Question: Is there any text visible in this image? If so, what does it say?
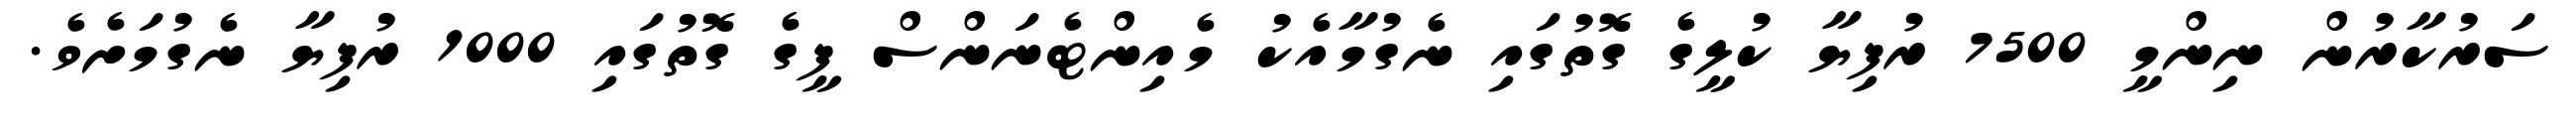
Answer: ސަރުކާރުން ނިންމީ 7500 ރުފިޔާ ކުލީގެ ގޮތުގައި ނެގުމާއެކު މެއިންޓެނަންސް ފީގެ ގޮތުގައި 1000 ރުފިޔާ ނެގުމަށެވެ.